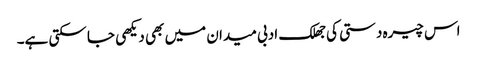
اس چیرہ دستی کی جھلک ادبی میدان میں بھی دیکھی جا سکتی ہے۔